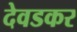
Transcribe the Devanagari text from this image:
देवडकर